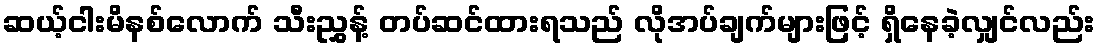
ဆယ့်ငါးမိနစ်လောက် သီးညွှန့် တပ်ဆင်ထားရသည် လိုအပ်ချက်များဖြင့် ရှိနေခဲ့လျှင်လည်း